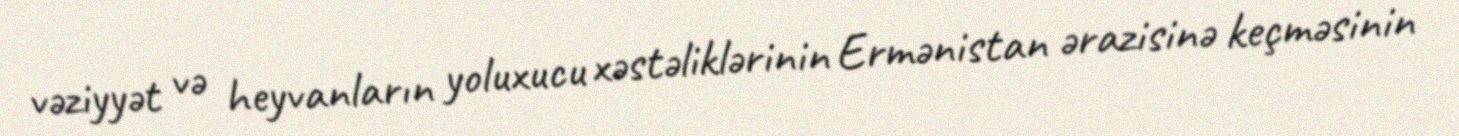
vəziyyət və heyvanların yoluxucu xəstəliklərinin Ermənistan ərazisinə keçməsinin